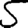
Digit: 5